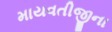
માયવતીજીના